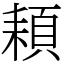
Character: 頛